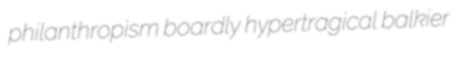
philanthropism boardly hypertragical balkier